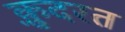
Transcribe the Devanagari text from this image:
क़़ुदरत